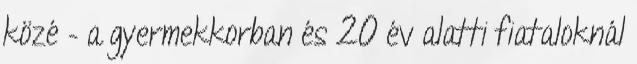
közé – a gyermekkorban és 20 év alatti fiataloknál